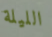
الليلة